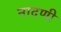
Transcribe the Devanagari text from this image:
नादणी